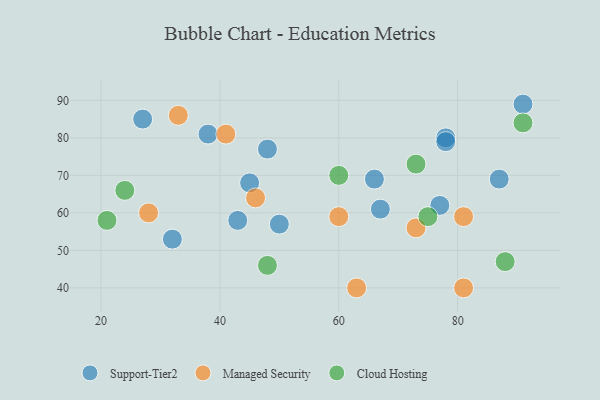
{"axis": {"x": "GDP", "y": "Life Expectancy"}, "legend": ["Cloud Hosting", "Managed Security", "Support-Tier2"], "data": [{"x": "27", "y": 85, "type": "Support-Tier2"}, {"x": "43", "y": 58, "type": "Support-Tier2"}, {"x": "32", "y": 53, "type": "Support-Tier2"}, {"x": "78", "y": 80, "type": "Support-Tier2"}, {"x": "77", "y": 62, "type": "Support-Tier2"}, {"x": "45", "y": 68, "type": "Support-Tier2"}, {"x": "87", "y": 69, "type": "Support-Tier2"}, {"x": "67", "y": 61, "type": "Support-Tier2"}, {"x": "91", "y": 89, "type": "Support-Tier2"}, {"x": "48", "y": 77, "type": "Support-Tier2"}, {"x": "78", "y": 79, "type": "Support-Tier2"}, {"x": "38", "y": 81, "type": "Support-Tier2"}, {"x": "66", "y": 69, "type": "Support-Tier2"}, {"x": "50", "y": 57, "type": "Support-Tier2"}, {"x": "73", "y": 56, "type": "Managed Security"}, {"x": "81", "y": 40, "type": "Managed Security"}, {"x": "63", "y": 40, "type": "Managed Security"}, {"x": "81", "y": 59, "type": "Managed Security"}, {"x": "41", "y": 81, "type": "Managed Security"}, {"x": "33", "y": 86, "type": "Managed Security"}, {"x": "28", "y": 60, "type": "Managed Security"}, {"x": "60", "y": 59, "type": "Managed Security"}, {"x": "46", "y": 64, "type": "Managed Security"}, {"x": "24", "y": 66, "type": "Cloud Hosting"}, {"x": "88", "y": 47, "type": "Cloud Hosting"}, {"x": "91", "y": 84, "type": "Cloud Hosting"}, {"x": "60", "y": 70, "type": "Cloud Hosting"}, {"x": "21", "y": 58, "type": "Cloud Hosting"}, {"x": "75", "y": 59, "type": "Cloud Hosting"}, {"x": "73", "y": 73, "type": "Cloud Hosting"}, {"x": "48", "y": 46, "type": "Cloud Hosting"}]}